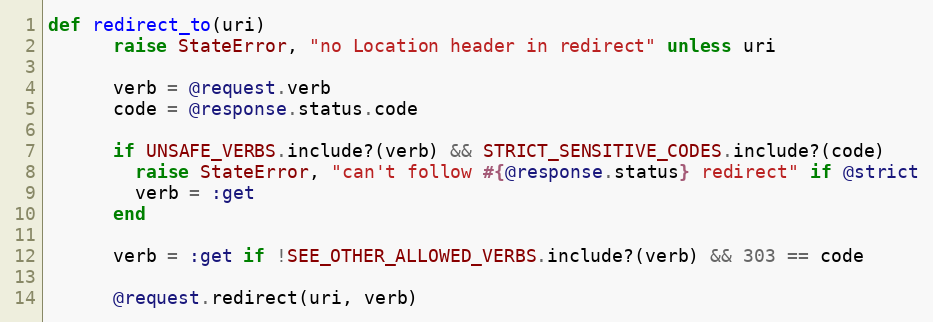
Language: Ruby
def redirect_to(uri)
      raise StateError, "no Location header in redirect" unless uri

      verb = @request.verb
      code = @response.status.code

      if UNSAFE_VERBS.include?(verb) && STRICT_SENSITIVE_CODES.include?(code)
        raise StateError, "can't follow #{@response.status} redirect" if @strict
        verb = :get
      end

      verb = :get if !SEE_OTHER_ALLOWED_VERBS.include?(verb) && 303 == code

      @request.redirect(uri, verb)